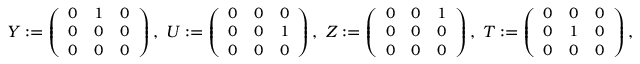
{ \small Y : = \left( \begin{array} { l l l } { 0 } & { 1 } & { 0 } \\ { 0 } & { 0 } & { 0 } \\ { 0 } & { 0 } & { 0 } \end{array} \right) , \ U : = \left( \begin{array} { l l l } { 0 } & { 0 } & { 0 } \\ { 0 } & { 0 } & { 1 } \\ { 0 } & { 0 } & { 0 } \end{array} \right) , \ Z : = \left( \begin{array} { l l l } { 0 } & { 0 } & { 1 } \\ { 0 } & { 0 } & { 0 } \\ { 0 } & { 0 } & { 0 } \end{array} \right) , \ T : = \left( \begin{array} { l l l } { 0 } & { 0 } & { 0 } \\ { 0 } & { 1 } & { 0 } \\ { 0 } & { 0 } & { 0 } \end{array} \right) , }